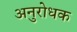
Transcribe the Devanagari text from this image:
अनुरोधक